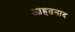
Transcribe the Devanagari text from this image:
आहतनाद